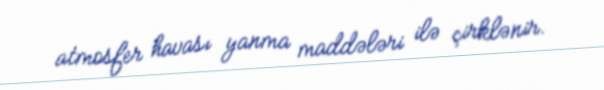
atmosfer havası yanma maddələri ilə çirklənir.